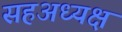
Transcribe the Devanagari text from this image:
सहअध्यक्ष